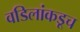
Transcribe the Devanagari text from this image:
वडिलांकडूच